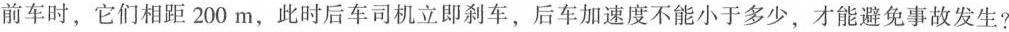
前车时，它们相距200m，此时后车司机立即刹车，后车加速度不能小于多少，才能避免事故发生?